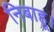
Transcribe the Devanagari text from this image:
निबाहू।